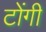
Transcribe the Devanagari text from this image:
टोंगी